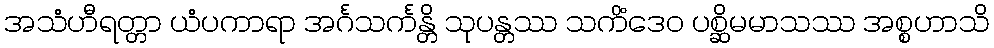
အသံဟီရတ္တာ ယံပကာရာ အင်္ဂသင်္ကန္တိ သုပန္တဿ သကိံဒေဝ ပစ္ဆိမမာသဿ အစ္စဟာသိ